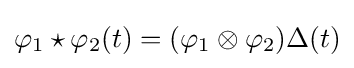
\varphi _{1}\star \varphi _{2}(t)=(\varphi _{1}\otimes \varphi _{2})\Delta (t)